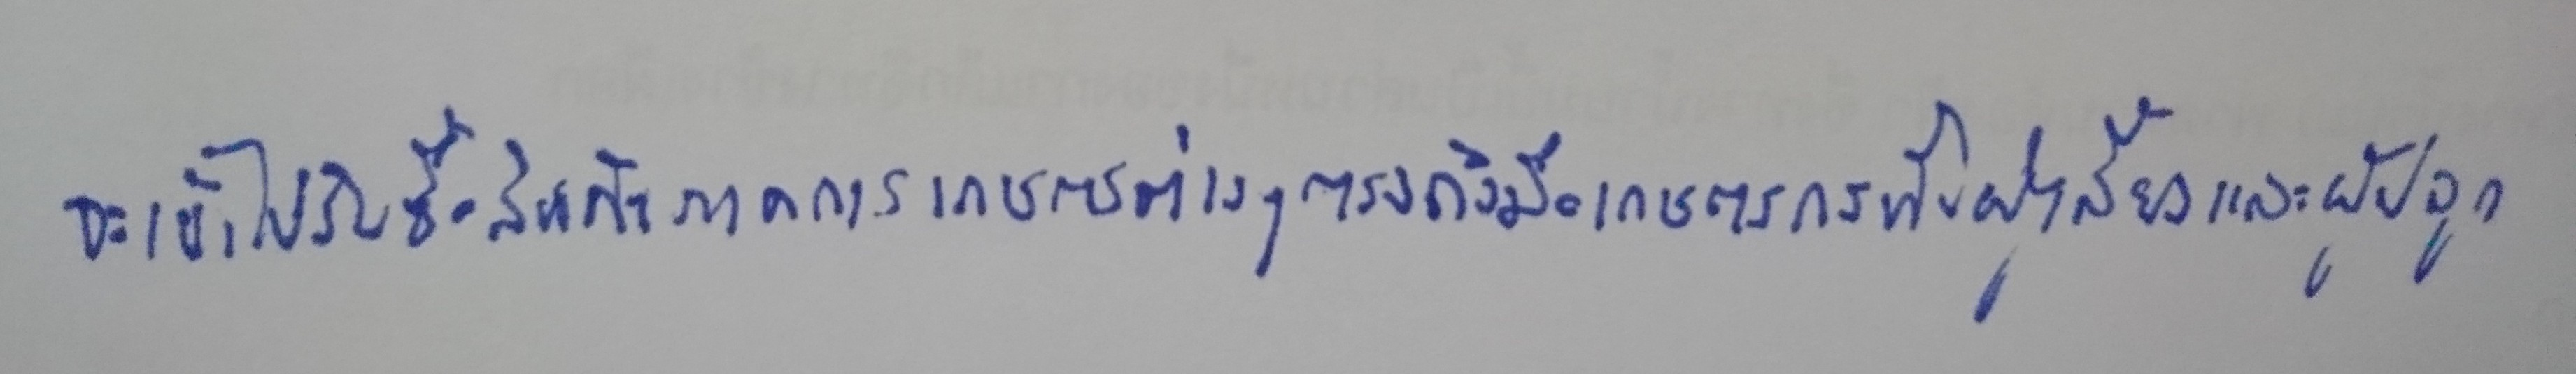
จะเข้าไปรับซื้อสินค้าภาคการเกษตรต่างๆตรงถึงมือเกษตรกรทั้งผู้เลี้ยงและผู้ปลูก